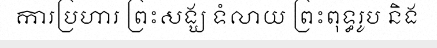
ការប្រហារ ព្រះសង្ឃ ទំលាយ ព្រះពុទ្ធរូប និង